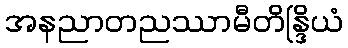
အနညာတညဿာမီတိန္ဒြိယံ